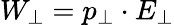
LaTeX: W_{\perp}=p_{\perp}\cdot E_{\perp}